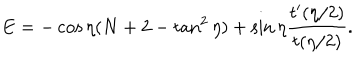
E = - \cos \eta ( N + 2 - \tan ^ { 2 } \eta ) + \sin \eta \frac { t ^ { \prime } ( \eta / 2 ) } { t ( \eta / 2 ) } . \nonumber